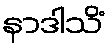
နာဒါသိံ